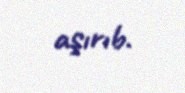
aşırıb.